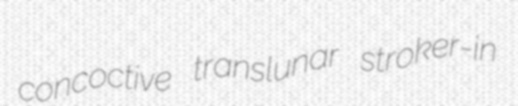
concoctive translunar stroker-in